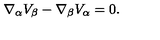
\nabla _ { \alpha } V _ { \beta } - \nabla _ { \beta } V _ { \alpha } = 0 .